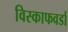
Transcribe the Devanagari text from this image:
विस्काफवर्डा